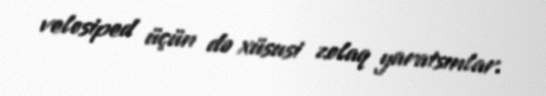
velosiped üçün də xüsusi zolaq yaratsınlar.